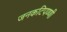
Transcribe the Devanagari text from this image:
जनकटिपण्णी